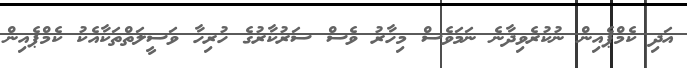
އަދި ކެމްޕެއިން ނުކުރެވިދާނެ ނަމަވެސް މިހާރު ވެސް ސަރުކާރުގެ ހުރިހާ ވަސީލަތްތަކާއެކު ކެމްޕެއިން